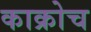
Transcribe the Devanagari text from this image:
काक्रोच